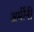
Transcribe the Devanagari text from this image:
अर्मीनी